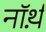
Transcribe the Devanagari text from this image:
नॉर्थ़